Report on vaccination in Madras 1877-1894 - 1877-1894
Year: 1877
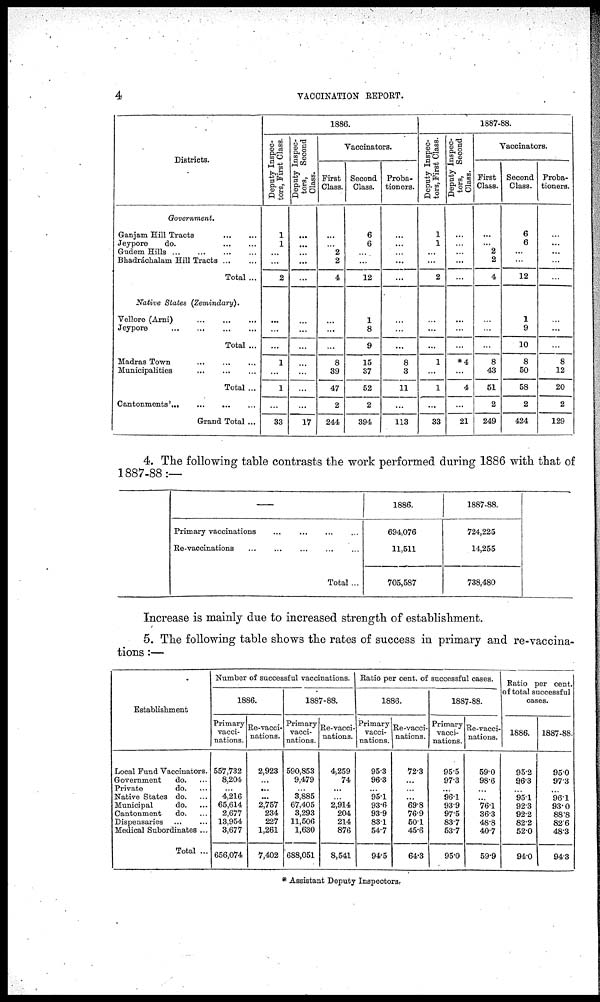
4
VACCINATION REPORT.
Districts.
Government.
Ganjam Hill Tracts
...
...
Jeypore
do.
...
...
Gudem Hills
...
...
...
...
Bhadráchalam Hill Tracts ... ...
Total ...
Native States (Zemindary).
Vellore (Arni)
...
...
...
Jeypore
...
...
...
...
Total ...
Madras Town
...
...
...
Municipalities
...
...
...
Total ...
Cantonments'
...
...
...
...
Grand Total ...
1886.
Deputy Inspec-
tors, First Class.
1
1
...
...
2
...
...
...
1
...
1
...
33
Deputy Inspec-
tors, Second
Class.
...
...
...
...
...
...
...
...
...
...
...
...
17
Vaccinators.
First
Class.
...
...
2
2
4
...
...
...
8
39
47
2
244
Second
Class.
6
6
...
...
12
1
8
9
15
37
52
2
394
Proba-
tioners.
...
...
...
...
...
...
...
...
8
3
11
...
113
1887-88.
Deputy Inspec-
tors, First Class.
1
1
...
...
2
...
...
...
1
...
1
...
33
Deputy Inspec-
tors, Second
Class.
...
...
...
...
...
...
...
...
*4
...
4
...
21
Vaccinators.
First
Class.
...
...
2
2
4
...
...
...
8
43
51
2
249
Second
Class.
6
6
...
...
12
1
9
10
8
50
58
2
424
Proba-
tioners.
...
...
...
...
...
...
...
8
12
20
2
129
4. The following table contrasts the work performed during 1886 with that of
1887-88:—
—
Primary vaccinations
...
...
...
...
Re-vaccinations
...
...
...
...
...
Total...
1886.
694,076
11,511
705,587
1887-88.
724,225
14,255
738,480
Increase is mainly due to increased strength of establishment.
5. The following table shows the rates of success in primary and re-vaccina¬
tions:—
Establishment
Local Fund Vaccinators.
Government
do. ...
Private
do. ...
Native States do. ...
Municipal
do. ...
Cantonment
do. ...
Dispensaries
...
...
Medical Subordinates ...
Total ...
Number of successful vaccinations.
1886.
Primary
vacci-
nations.
557,732
8,204
...
4,216
65,614
2,677
13,954
3,677
656,074
Re-vacci-
nations.
2,923
...
...
...
2,757
234
227
1,261
7,402
1887-88.
Primary
vacci-
nations.
590,853
9,479
...
3,885
67,405
3,293
11,506
1,630
688,051
Re-vacci-
nations.
4,259
74
...
...
2,914
204
214
876
8,541
Ratio per cent. of successful cases.
1886.
Primary
vacci-
nations.
95.3
96.3
...
95.1
93.6
93.9
83.1
54.7
94.5
Re-vacci-
nations.
72.3
...
...
...
69.8
76.9
50.1
45.6
64.3
1887-88.
Primary
vacci-
nations.
95.5
97.3
...
96.1
93.9
97.5
83.7
53.7
95.0
Re-vacci-
nations.
59.0
98.6
...
...
76.1
36.3
48.8
40.7
59.9
Ratio per cent.
of total successful
cases.
1886.
95.2
96.3
...
95.1
92.3
92.2
82.2
52.0
94.0
1887-88.
95.0
97.3
...
96.1
93.0
88.8
82.6
48.3
94.3
* Assistant Deputy Inspectors.